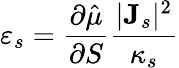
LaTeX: \varepsilon_{s}=\frac{\partial\hat{\mu}}{\partial S}\frac{|{\mathbf J}_{s}|^{2}}{\kappa_{s}}